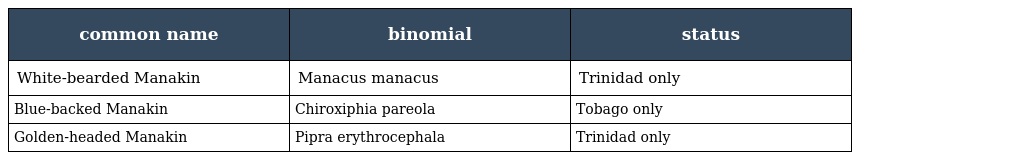
| common name | binomial | status |
 | --- | --- | --- |
 | White-bearded Manakin | Manacus manacus | Trinidad only |
 | Blue-backed Manakin | Chiroxiphia pareola | Tobago only |
 | Golden-headed Manakin | Pipra erythrocephala | Trinidad only |